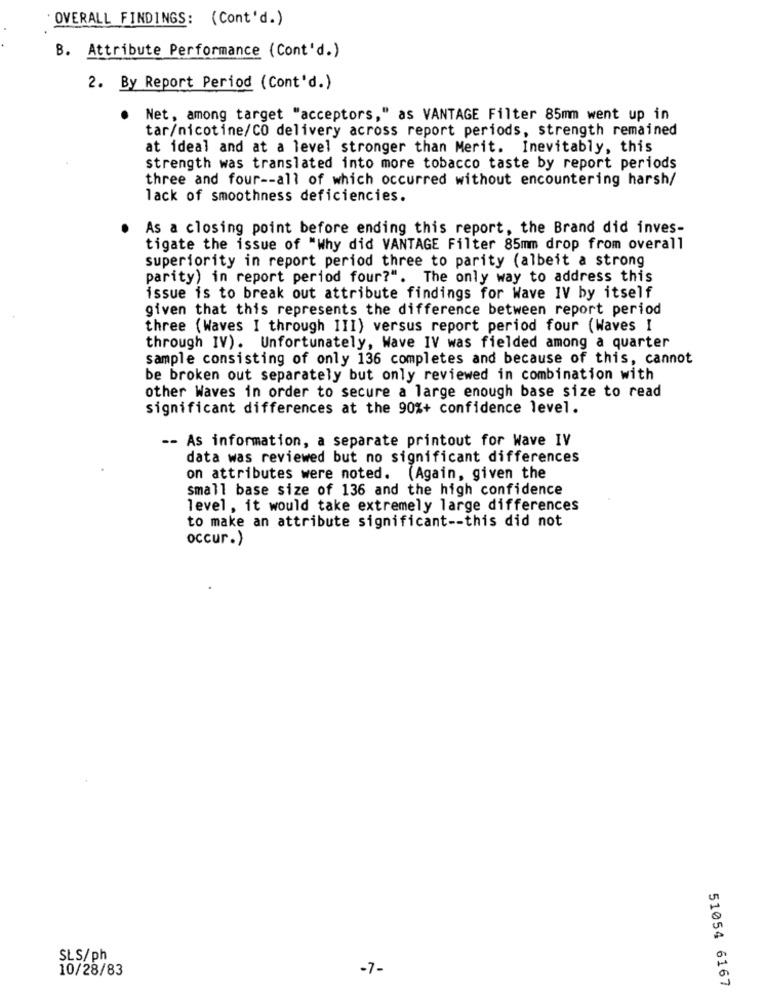
OVERALL FINDINGS: (Cont'd.)
B. Attribute Performance (Cont'd.)
2. By Report Period (Cont'd.)
. Net, among target "acceptors," as VANTAGE Filter 85mm went up in
tar/nicotine/CO delivery across report periods, strength remained
at ideal and at a level stronger than Merit. Inevitably, this
strength was translated into more tobacco taste by report periods
three and four -- all of which occurred without encountering harsh/
lack of smoothness deficiencies.
As a closing point before ending this report, the Brand did inves-
tigate the issue of "Why did VANTAGE Filter 85mm drop from overall
superiority in report period three to parity (albeit a strong
parity) in report period four?". The only way to address this
issue is to break out attribute findings for Wave IV by itself
given that this represents the difference between report period
three (Waves I through III) versus report period four (Waves I
through IV). Unfortunately, Wave IV was fielded among a quarter
sample consisting of only 136 completes and because of this, cannot
be broken out separately but only reviewed in combination with
other Waves in order to secure a large enough base size to read
significant differences at the 90%+ confidence level.
-- As information, a separate printout for Wave IV
data was reviewed but no significant differences
on attributes were noted. (Again, given the
small base size of 136 and the high confidence
level, it would take extremely large differences
to make an attribute significant -- this did not
occur.)
SLS/ph
10/28/83
-7-
51054 6167